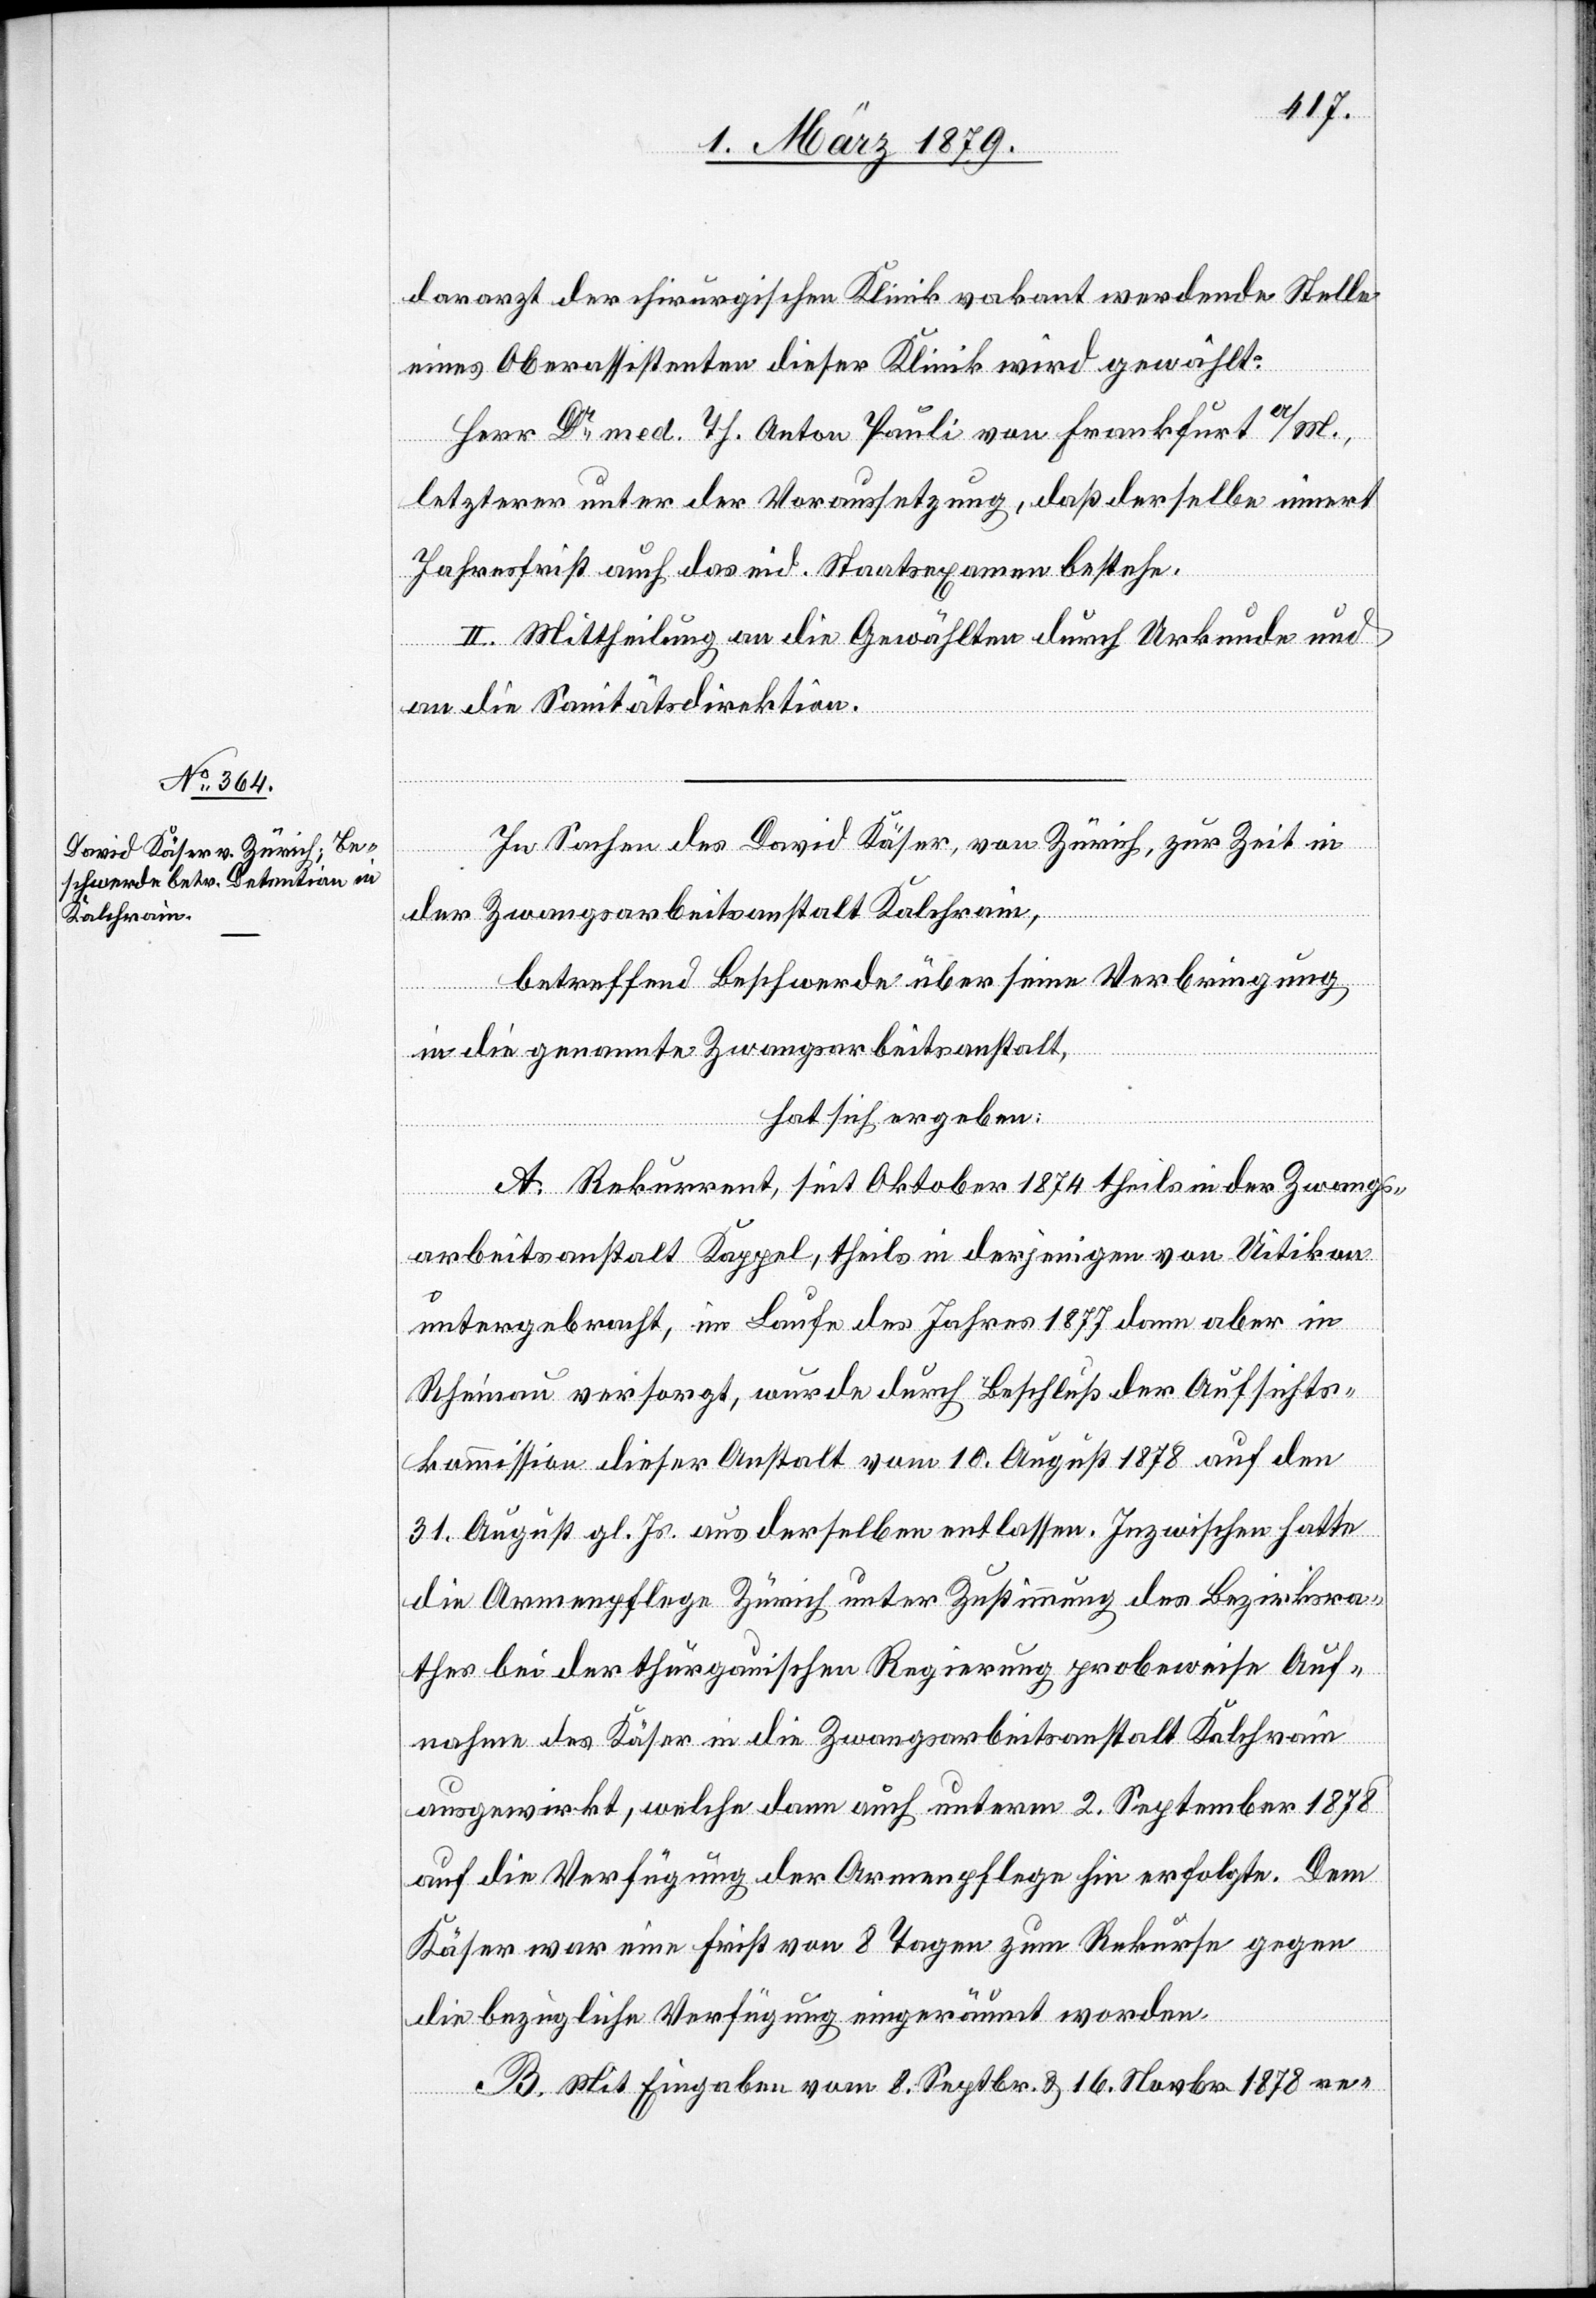
dararzt der chirurgischen Klinik vakant werdende Stelle
eine Oberassistenten dieser Klinik wird gewählt:
Herr Dr med. Ph. Anton Pauli von Frankfurt a/M.,
letzterer unter der Voraussetzung, daß derselbe innert
Jahresfrist auch das eid. Staatsexamen bestehe.
II. Mittheilung an die Gewählten durch Urkunde und
an die Sanitätsdirektion.
In Sachen des David Käser, von Zürich, zur Zeit in
der Zwangsarbeitsanstalt Kalchrain,
betreffend Beschwerde über seine Verbringung
in die genannte Zwangsarbeitsanstalt,
hat sich ergeben:
A. Rekurrent, seit Oktober 1874 theils in der Zwangs¬
arbeitsanstalt Kappel, theils in derjenigen von Uitikon
untergebracht, im Laufe des Jahres 1877 dann aber in
Rheinau versorgt, wurde durch Beschluß der Aufsichts¬
kommission dieser Anstalt vom 10. August 1878 auf den
31. August gl. Js. aus derselben entlassen. Inzwischen hatte
die Armenpflege Zürich unter Zustimmung des Bezirksra¬
thes bei der thurgauischen Regierung probeweise Auf¬
nahme des Käser in die Zwangsarbeitsanstalt Kalchrain
ausgewirkt, welche dann auch unterm 2. September 1878
auf die Verfügung der Armenpflege hin erfolgte. Dem
Käser war eine Frist von 8 Tagen zum Rekurse gegen
die bezügliche Verfügung eingeräumt worden.
B. Mit Eingaben vom 8. Septbr. & 16. Novbr. 1878 re-